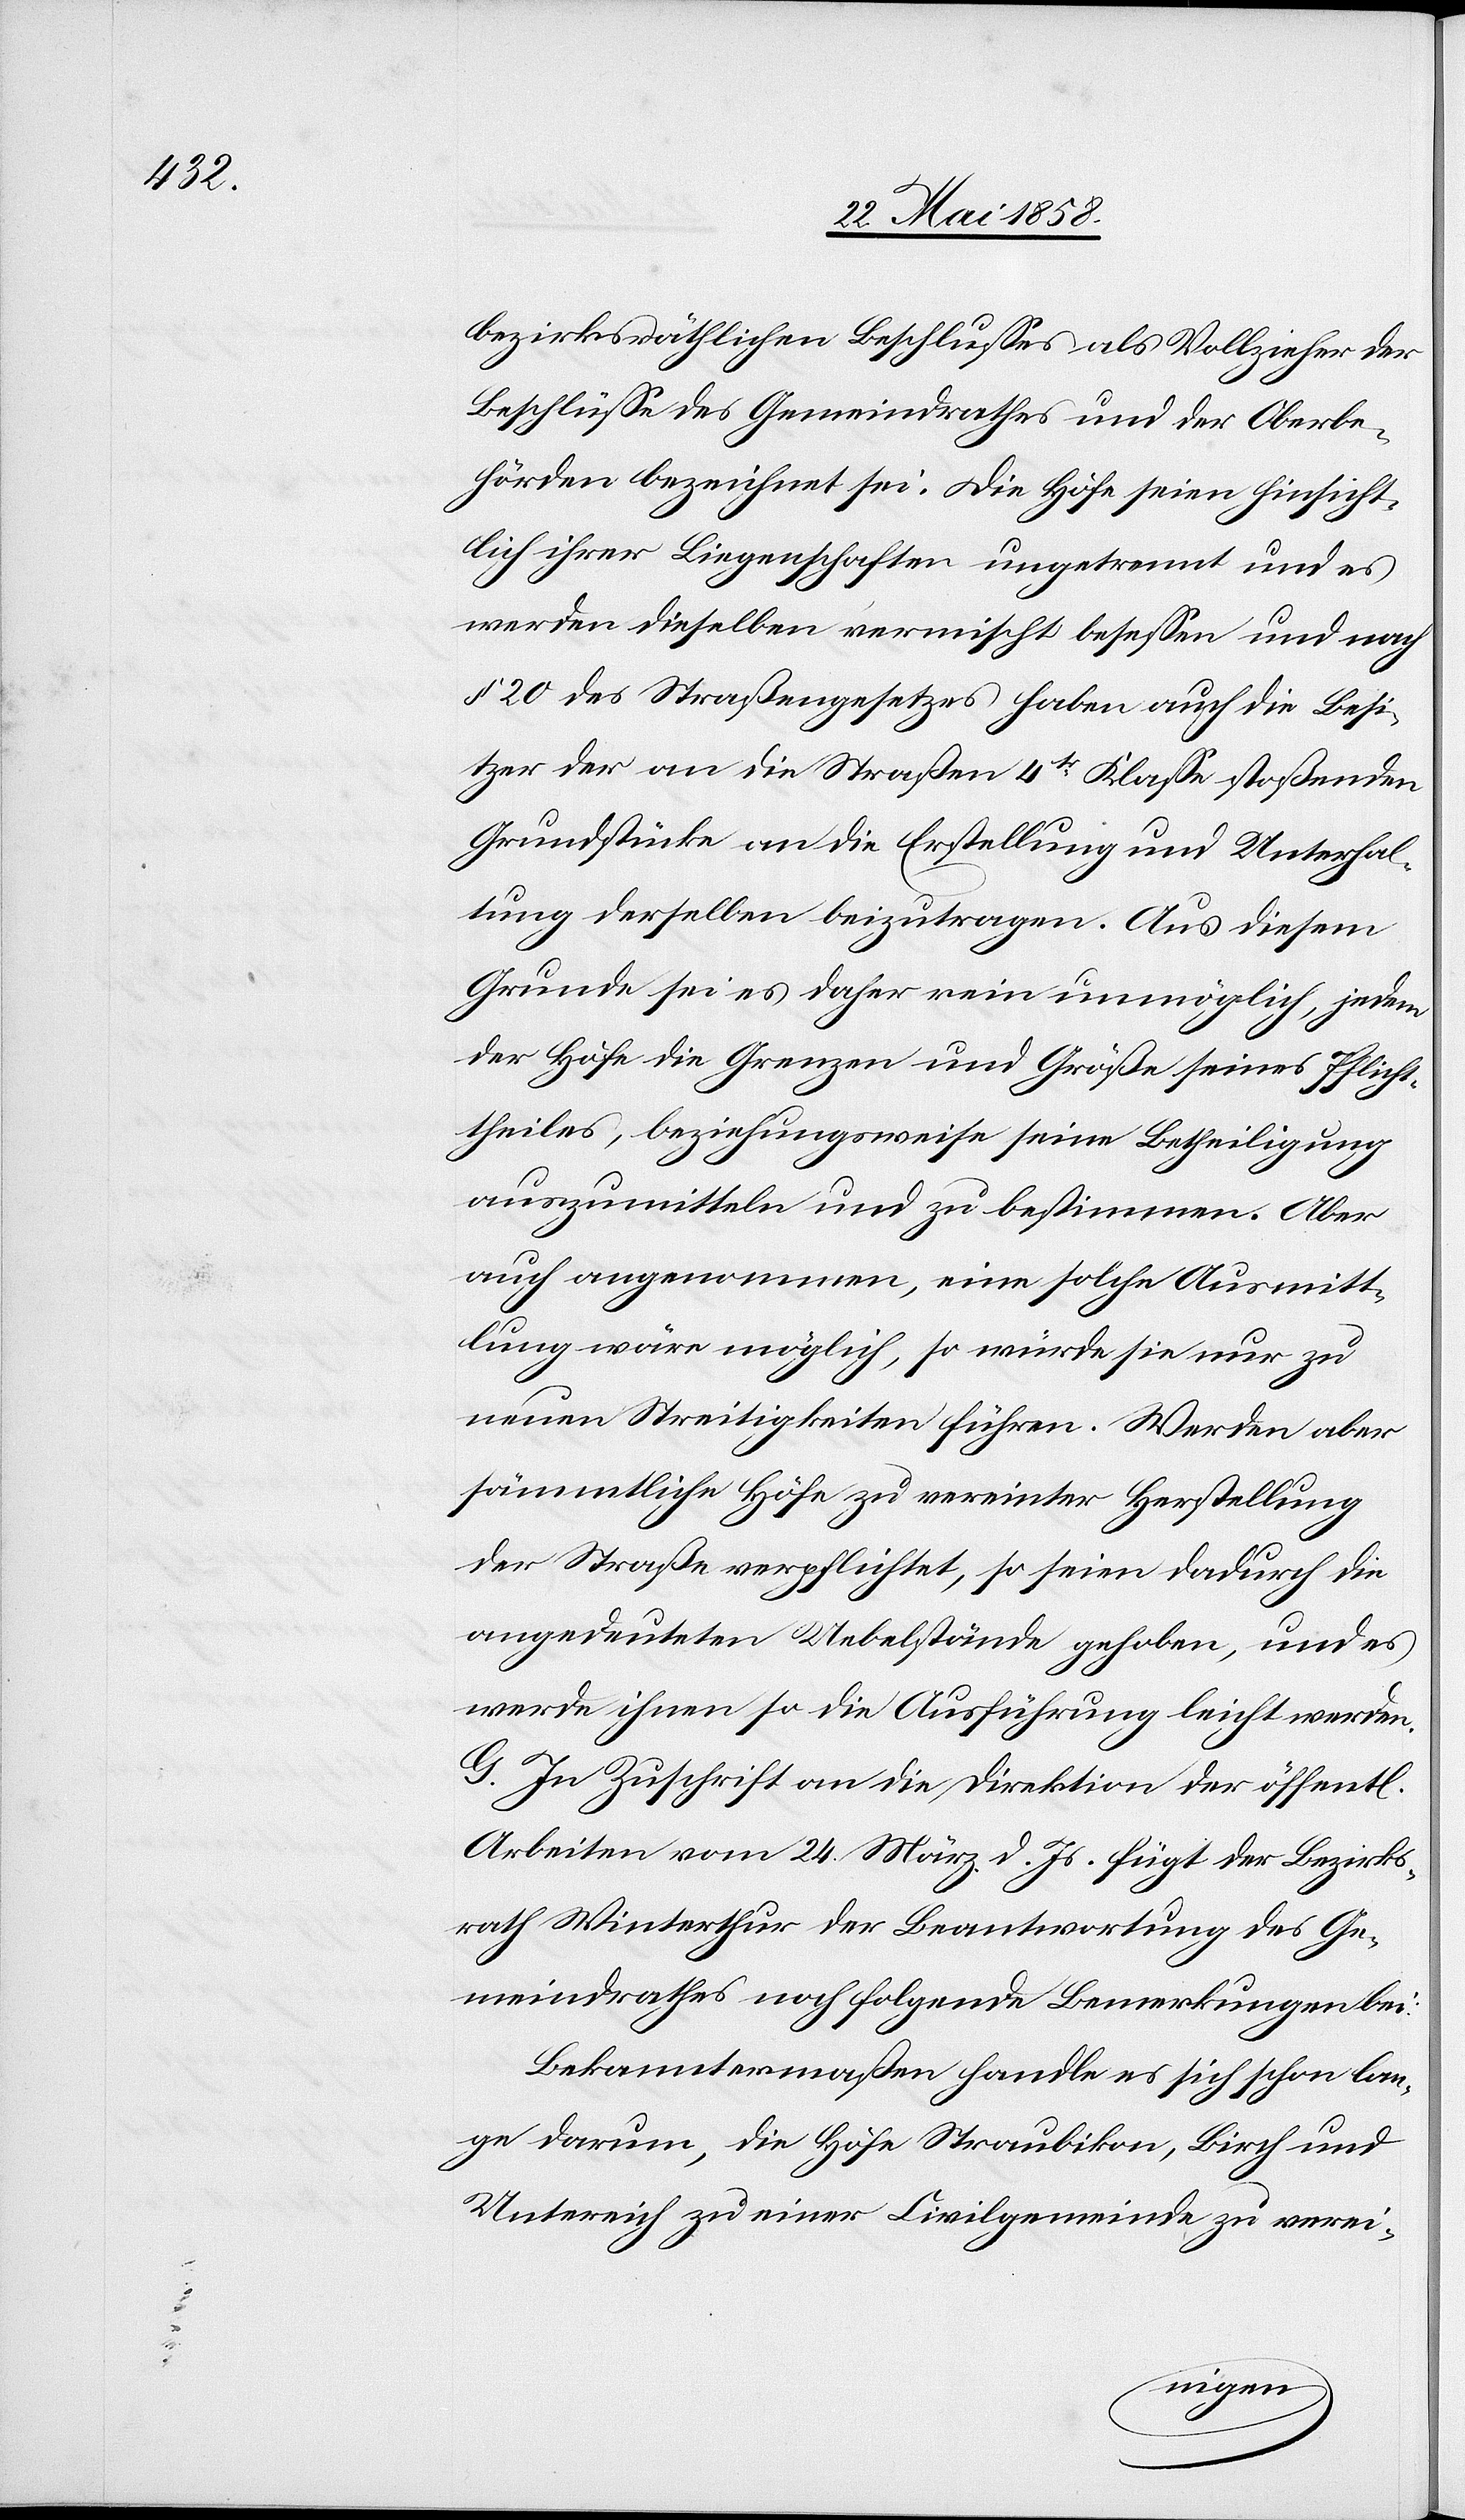
bezirksräthlichen Beschlusses als Vollzieher der
Beschlüsse des Gemeindrathes und der Oberbe¬
hörden bezeichnet sei. Die Höfe seien hinsicht¬
lich ihrer Liegenschaften ungetrennt und es
werden dieselben vermischt besessen und nach
§ 20 des Straßengesetzes haben auch die Besi¬
tzer der an die Straßen 4tr Klasse stoßenden
Grundstücke an die Erstellung und Unterhal¬
tung derselben beizutragen. Aus diesem
Grunde sei es daher rein unmöglich, jedem
der Höfe die Grenzen und Größe seines Pflicht¬
theiles, beziehungsweise seine Betheiligung
auszumitteln und zu bestimmen. Aber
auch angenommen, eine solche Ausmitt¬
lung wäre möglich, so würde sie nur zu
neuen Streitigkeiten führen. Werden aber
sämmtliche Höfe zu vereinter Herstellung
der Straße verpflichtet, so seien dadurch die
angedeuteten Uebelstände gehoben, und es
werde ihnen so die Ausführung leicht werden.
G. In Zuschrift an die Direktion der öffentl.
Arbeiten vom 24. März d. Js. fügt der Bezirks¬
rath Winterthur der Beantwortung des Ge¬
meindrathes noch folgende Bemerkung bei:
Bekanntermaßen handle es sich schon lan¬
ge darum, die Höfe Straubikon, Birch und
Untereich zu einer Civilgemeinde zu verei-